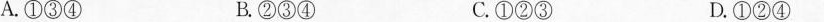
A.①③④ B.②③④ C.①②③ D.①②④